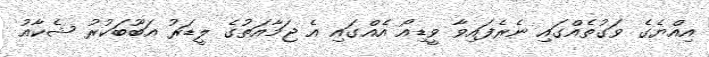
އިއްޔެގެ ވަގުތެއްގައި ނެރެފައިވާ ވީޑިއޯ އެއްގައި އެ ޖަމާއަތުގެ ލީޑަރު އަބޫބަކުރު ޝެކާއު